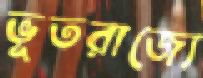
ভূতরাজ্যে